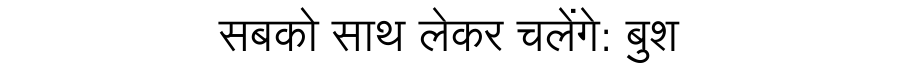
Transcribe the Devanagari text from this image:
सबको साथ लेकर चलेंगे: बुश